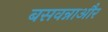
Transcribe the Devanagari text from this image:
बसवन्नाऔर